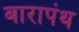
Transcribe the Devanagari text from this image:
बारापंथ